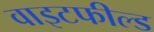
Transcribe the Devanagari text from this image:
वाइटफील्ड